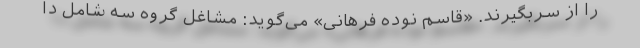
را از سربگیرند. «قاسم نوده فرهانی» می‌گوید: مشاغل گروه سه شامل دا